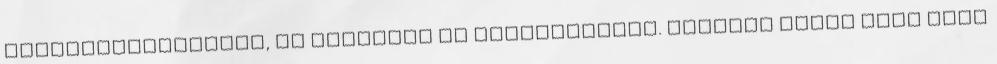
felfüggeszthetőek, ám egymásra is akaszthatóak. Ezentúl remek móka lesz